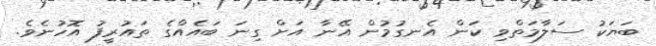
ބަޔަކު ސަލާމަތްވި ކަން އެނގުމުން އޭނާ އަށް ގިނަ ބައެއްގެ ތައުރީފު އޮހުނެވެ.